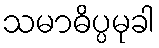
သမာဓိပ္ပမုခါ